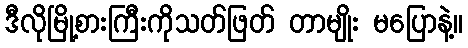
ဒီလိုမြို့စားကြီးကိုသတ်ဖြတ် တာမျိုး မပြောနဲ့။